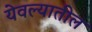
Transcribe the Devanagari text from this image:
येवल्यातील